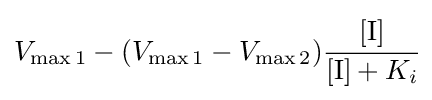
V_{\max 1}-(V_{\max 1}-V_{\max 2}){\cfrac {[\mathrm {I} ]}{[{\ce {I}}]+K_{i}}}